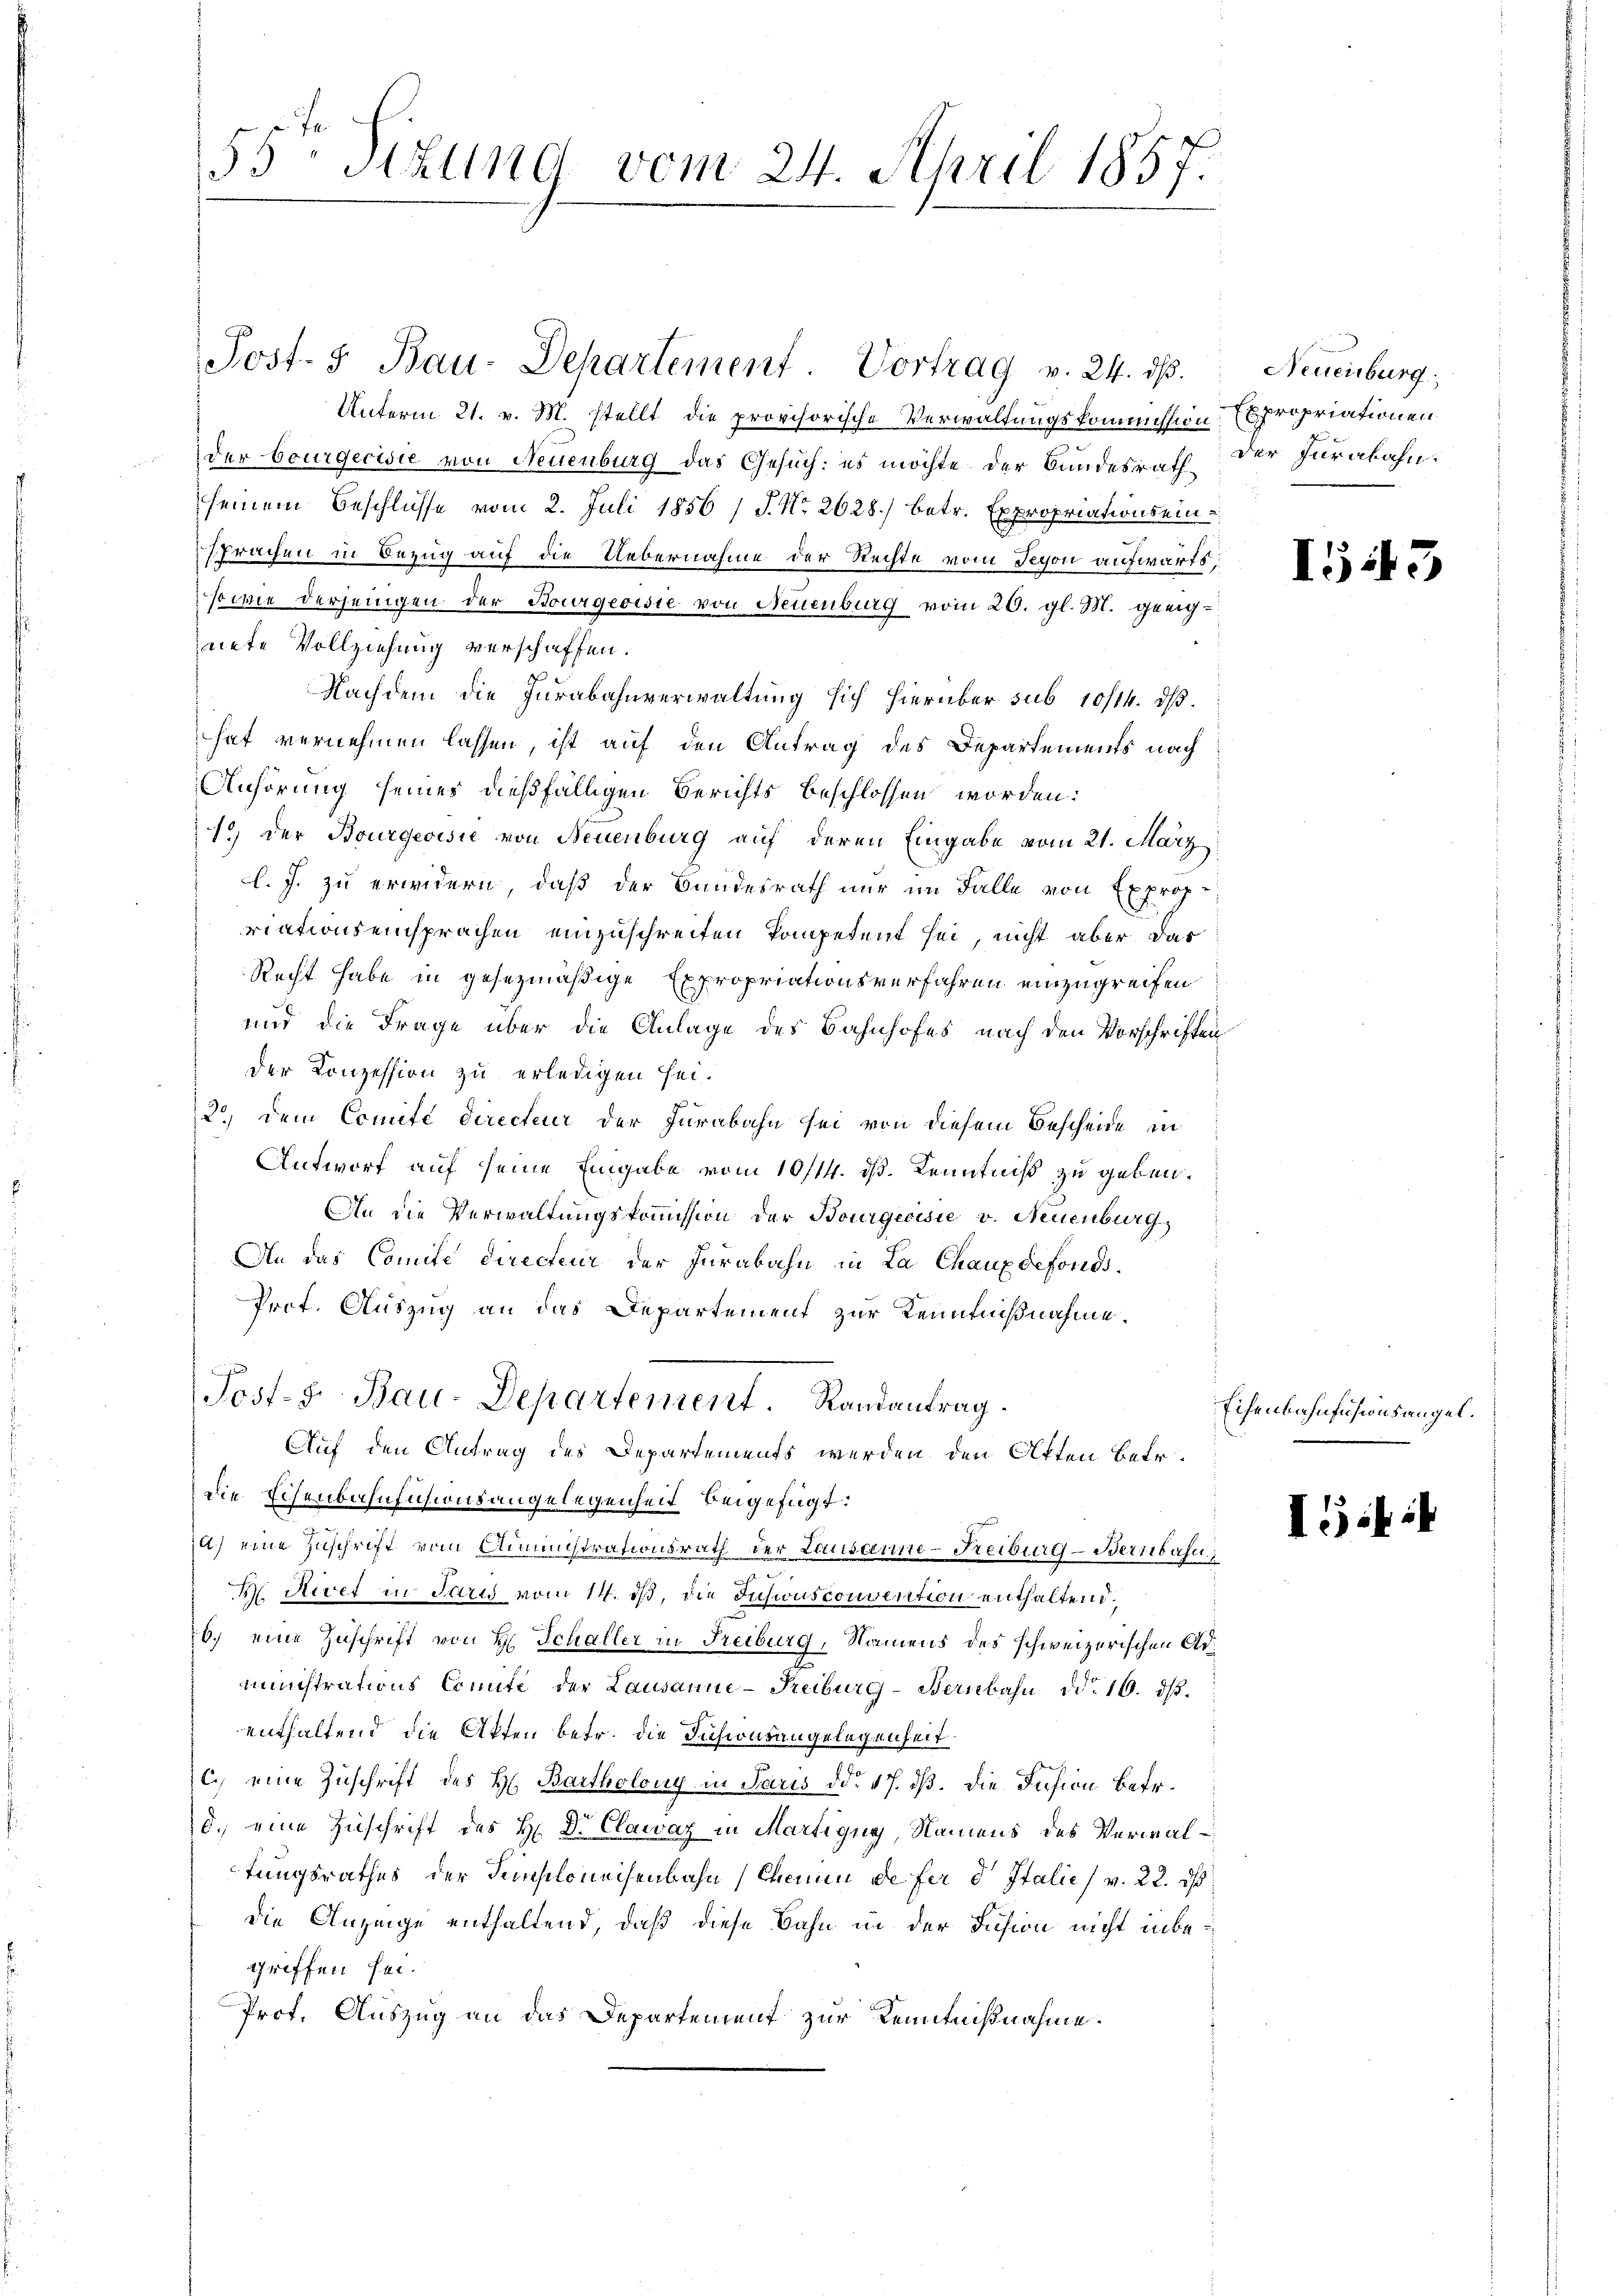
Unterm 21. v. M. stellt die provisorische Verwaltungskommission Expropriationen
der Bourgecisie von Neuenburg das Gesuch: es möchte der Bundesrath der Jurakahn.
seinem Beschlüsse vom 2. Juli 1856 / J. No. 2628) betr. Expropriations einsprachen in Bezug auf die Uebernahme der Rechte vom Teyon aufwarfs
sowie derjenigen der Bourgeoisie von Neuenburg vom 20. gl. M. geeignete Vollziehung verschaffen.
Nachdem die Jurabahnverwaltung sich hierüber sub 10/14. dβ.
hat vernehmen lassen, ist auf den Antrag des Departements nach
Anhörung seines dießfälligen Berichts beschlossen worden:
1.) Der Bourgeoisie von Neuenburg auf deren Eingabe vom 21. März
l. J. zu erwidern, daß der Bundesrath nur im Falle von Exprop-
riationseinsprachen einzuschreiten kompetent sei, nicht aber das
Recht habe in gesezmäßige Expropriationsverfahren einzugreifen
und die Frage über die Anlage des Bahnhofes nach den Vorschriften
der Konzession zu erledigen sei.
p
2.) Dem Comité directeur der Jurabahn sei von diesem Bescheide in
Antworf auf seine Eingabe vom 10/14. ds. Kenntniß zu geben.
An die Verwaltungskommission der Bourgeoisie v. Neuenburg
An das Comite directeur der Jurabahn in La Chaux defonds¬
Prof. Auszug an das Departement zur Kenntnißnahme.
Post- Bau-Departement. Randantrag.
Auf den Antrag des Departements werden den Atten betr.
die Eisenbahnfusionsangelegenheit beigefügt:
i
a) eine Zuschrift vom Administrationsrath der Lausanne-Freiburg - Bernbahn
 |
M Niret in Paris vom 14. ds, die Jusionsconvention enthaltend.
6.) eine Zuschrift von H. Schaller in Freiburg, Namens des schweizerischen Administrations Comite der Lausanne-Freiburg-Bernbahn ddo 16. dβ.
enthaltend die Akten betr. die Fusionsangelegenheit.
C. eine Zuschrift des H. Bartholony in Paris ddo 17. dß. Die Insion betr.
d.) eine Zuschrift des H. Dr. Clawaz in Martigny, Namens des Verwaltungsrathes der Semploneisenbahn (Chenen de fer d Italie (v. 22. ds
die Anzeige enthaltend, daß diese Bahn in der Fusion nicht inbegriffen sei.
Prof. Auszug an das Departement zur Kenntnißnahme.

55 Sizung vom 24. April 1857.

Post. 3. Bau-Departement Vortrag v. 24. ds.

Neuenburg

IG13

Eisenbahnfusionsangel.

IGiit